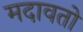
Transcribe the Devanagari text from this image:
मदावतो